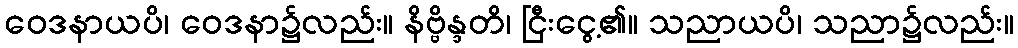
ဝေဒနာယပိ၊ ဝေဒနာ၌လည်း။ နိဗ္ဗိန္ဒတိ၊ ငြီးငွေ့၏။ သညာယပိ၊ သညာ၌လည်း။